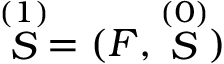
\stackrel { ( 1 ) } { S } = ( F , \stackrel { ( 0 ) } { S } )